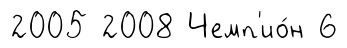
2005 2008 Чемп'ио́н 6